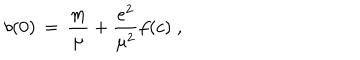
b ( 0 ) \, = \, \frac { m } { \mu } + \frac { e ^ { 2 } } { \mu ^ { 2 } } f ( c ) \; ,